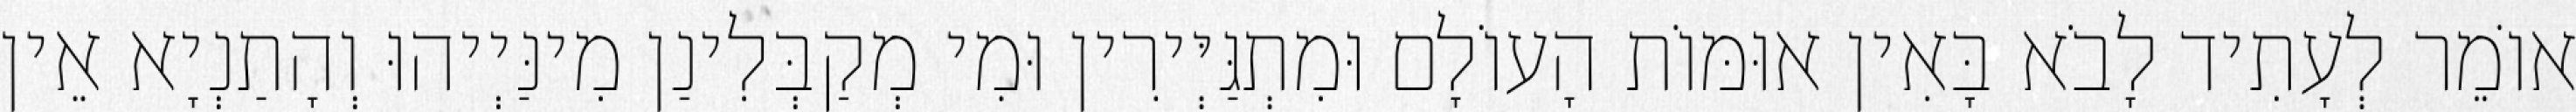
אוֹמֵר לְעָתִיד לָבֹא בָּאִין אוּמּוֹת הָעוֹלָם וּמִתְגַּיְּירִין וּמִי מְקַבְּלִינַן מִינַּיְיהוּ וְהָתַנְיָא אֵין